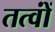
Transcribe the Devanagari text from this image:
तत्वोंं